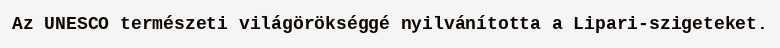
Az UNESCO természeti világörökséggé nyilvánította a Lipari-szigeteket.